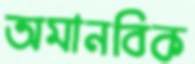
অমানবিক